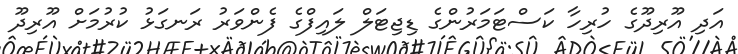
އަދި އޫރިދޫގެ ހުރިހާ ކަސްޓަމަރުންގެ ޑިޖިޓަލް ލައިފްގެ ފެންވަރު ރަނގަޅު ކުރުމަށް އޫރިދޫ